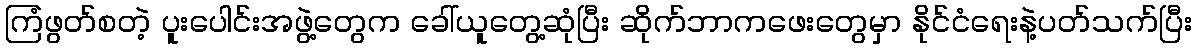
ကြံဖွတ်စတဲ့ ပူးပေါင်းအဖွဲ့တွေက ခေါ်ယူတွေ့ဆုံပြီး ဆိုက်ဘာကဖေးတွေမှာ နိုင်ငံရေးနဲ့ပတ်သက်ပြီး